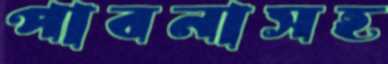
পাবনাসহ